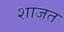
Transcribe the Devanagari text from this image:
शाजत